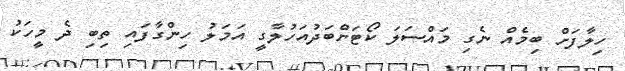
ހިލާފަށް ބިމެއް ނެގި މައްސަލަ ކޯޓަށްބަދުއަހުލާގީ އަމަލު ހިންގާފައި ތިބި ދެ މީހަކު